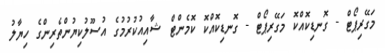
މަގޭރިޕޯޓް - ގޮނޑިކޮއްކޮ މަގޭރިޕޯޓް - ގޮނޑިކޮއްކޮ ކޮމެންޓް ޝާއިއުކުރުމުގެ އުސޫލުކިޔުންތެރިންގެ ހިޔާލު